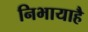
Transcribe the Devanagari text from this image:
निभायाहै